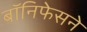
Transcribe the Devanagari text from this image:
बॉनिफेसने